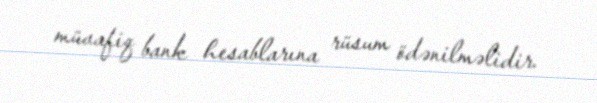
müvafiq bank hesablarına rüsum ödənilməlidir.